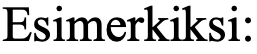
Esimerkiksi: